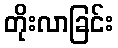
တိုးလာခြင်း